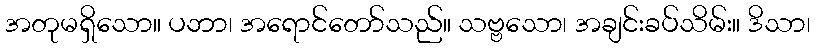
အတုမရှိသော။ ပဘာ၊ အရောင်တော်သည်။ သဗ္ဗသော၊ အချင်းခပ်သိမ်း။ ဒိသာ၊